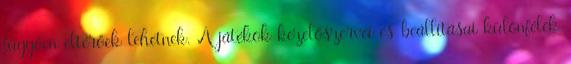
függően eltérőek lehetnek. A játékok kezelőszervei és beállításai különfélék